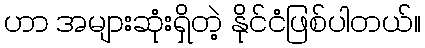
ဟာ အများဆုံးရှိတဲ့ နိုင်ငံဖြစ်ပါတယ်။